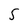
Character: 5